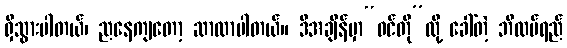
ရှိသွားပါတယ်၊ ညနေကျတော့ ဆာလာပါတယ်။ ဒီအချိန်မှာ“ဝင်တို”လို့ ခေါ်တဲ့ ဘိလပ်ရည်